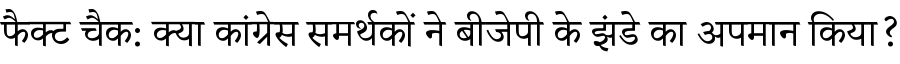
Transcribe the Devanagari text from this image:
फैक्ट चैक: क्या कांग्रेस समर्थकों ने बीजेपी के झंडे का अपमान किया?